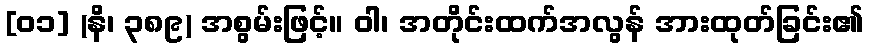
[၀၁] (နိ၊ ၃၈၉) အစွမ်းဖြင့်။ ဝါ၊ အတိုင်းထက်အလွန် အားထုတ်ခြင်း၏